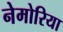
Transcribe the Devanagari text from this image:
नेमोरिया